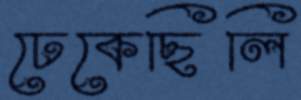
ঢেকেছিলি